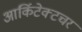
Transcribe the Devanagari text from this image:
आर्किटेक्टचर